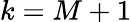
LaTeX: k=M+1